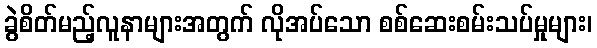
ခွဲစိတ်မည့်လူနာများအတွက် လိုအပ်သော စစ်ဆေးစမ်းသပ်မှုများ၊